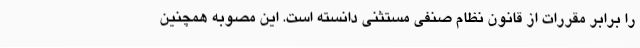
را برابر مقررات از قانون نظام صنفی مستثنی دانسته است. این مصوبه همچنین